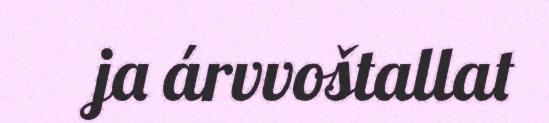
ja árvvoštallat